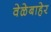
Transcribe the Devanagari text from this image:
वेळेबाहेर